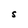
Character: S